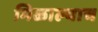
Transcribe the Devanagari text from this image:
मिळाल्याच